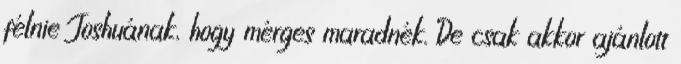
félnie Joshuának, hogy mérges maradnék. De csak akkor ajánlott